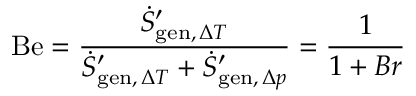
\mathrm { B e } = { \frac { { \dot { S } } _ { \mathrm { g e n } , \, \Delta T } ^ { \prime } } { { \dot { S } } _ { \mathrm { g e n } , \, \Delta T } ^ { \prime } + { \dot { S } } _ { \mathrm { g e n } , \, \Delta p } ^ { \prime } } } = { \frac { 1 } { 1 + B r } }